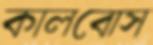
কালবোস